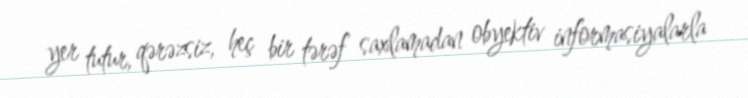
yer tutur, qərəzsiz, heç bir tərəf saxlamadan obyektiv informasiyalarla